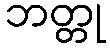
ဘတ္တု